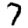
Digit: 7